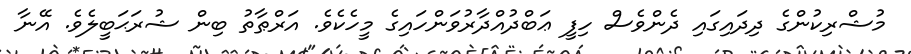
މުޝްރިކުންގެ ދިދައިގައި ދެންވެސް ހިފީ ޢަބްދުއްދާރުވަންހައިގެ މީހެކެވެ. އަރްޠާތު ބިން ޝުރަޙަބީލެވެ. އޭނާ